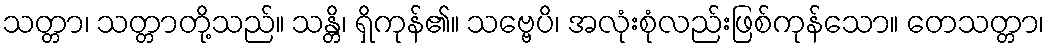
သတ္တာ၊ သတ္တာတို့သည်။ သန္တိ၊ ရှိကုန်၏။ သဗ္ဗေပိ၊ အလုံးစုံလည်းဖြစ်ကုန်သော။ တေသတ္တာ၊